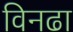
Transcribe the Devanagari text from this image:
विनढा